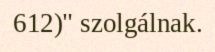
612)" szolgálnak.